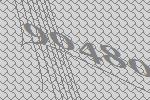
90480